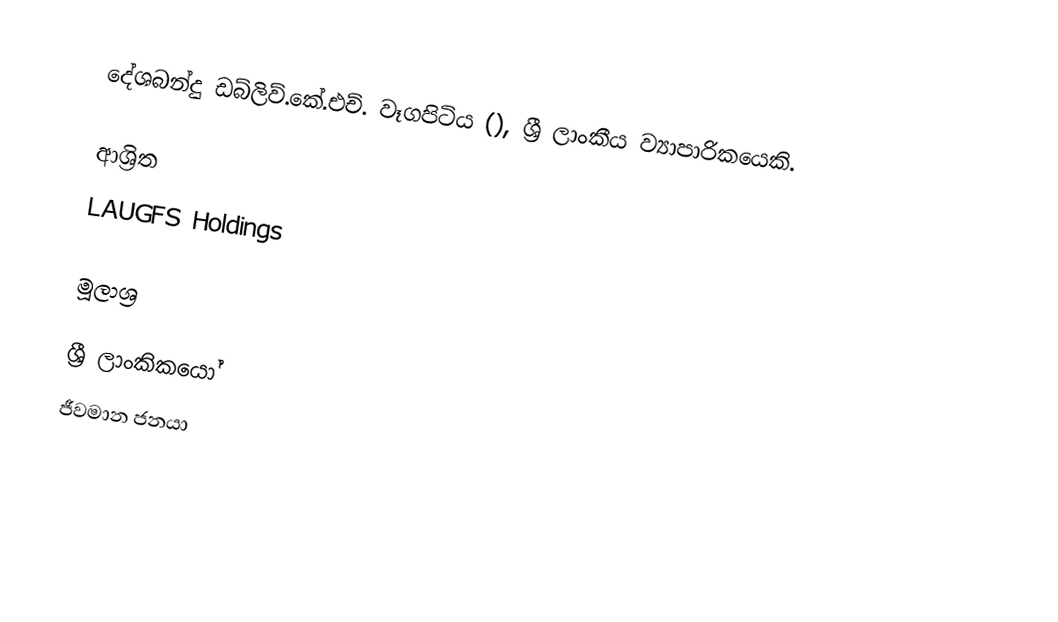
දේශබන්දු ඩබ්ලිව්.කේ.එච්. වෑගපිටිය (), ශ්‍රී ලාංකීය ව්‍යාපාරිකයෙකි.

ආශ්‍රිත
 LAUGFS Holdings

මූලාශ්‍ර

ශ්‍රී ලාංකිකයෝ
ජීවමාන ජනයා